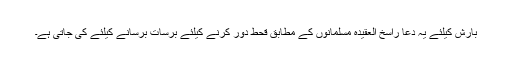
بارش کیلئے یہ دعا راسخ العقیدہ مسلمانوں کے مطابق قحط دور کرنے کیلئے برسات برسانے کیلئے کی جاتی ہے۔